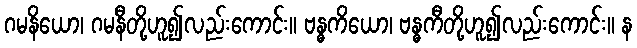
ဂမနိယော၊ ဂမနီတို့ဟူ၍လည်းကောင်း။ ဗန္ဓကိယော၊ ဗန္ဓကီတို့ဟူ၍လည်းကောင်း။ န